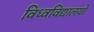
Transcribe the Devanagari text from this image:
विध्वविद्यालयों